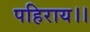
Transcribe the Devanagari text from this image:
पहिराय।।